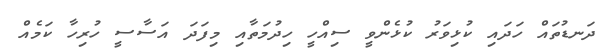
ދަނޑުތައް ހަދައި ކުޅިވަރު ކުޅެންވީ ސިއްހީ ހިދުމަތާއި މިފަދަ އަސާސީ ހުރިހާ ކަމެއް